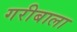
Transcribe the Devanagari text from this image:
गरीबाला